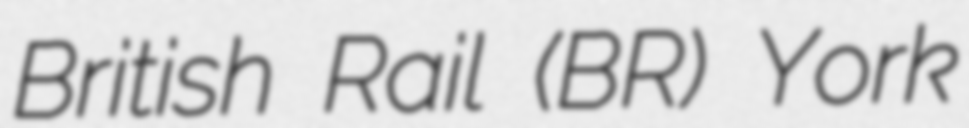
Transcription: British Rail (BR) York